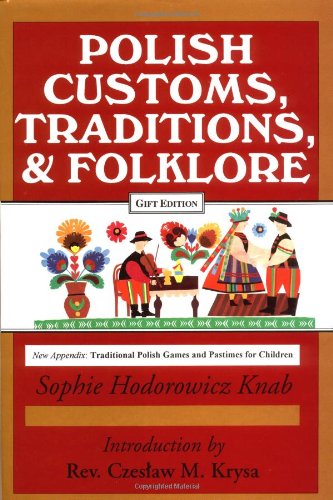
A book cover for Polish Customs, Traditions, and Folklore; Sophie Hodorowicz Knab; Literature & Fiction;